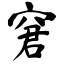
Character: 窘